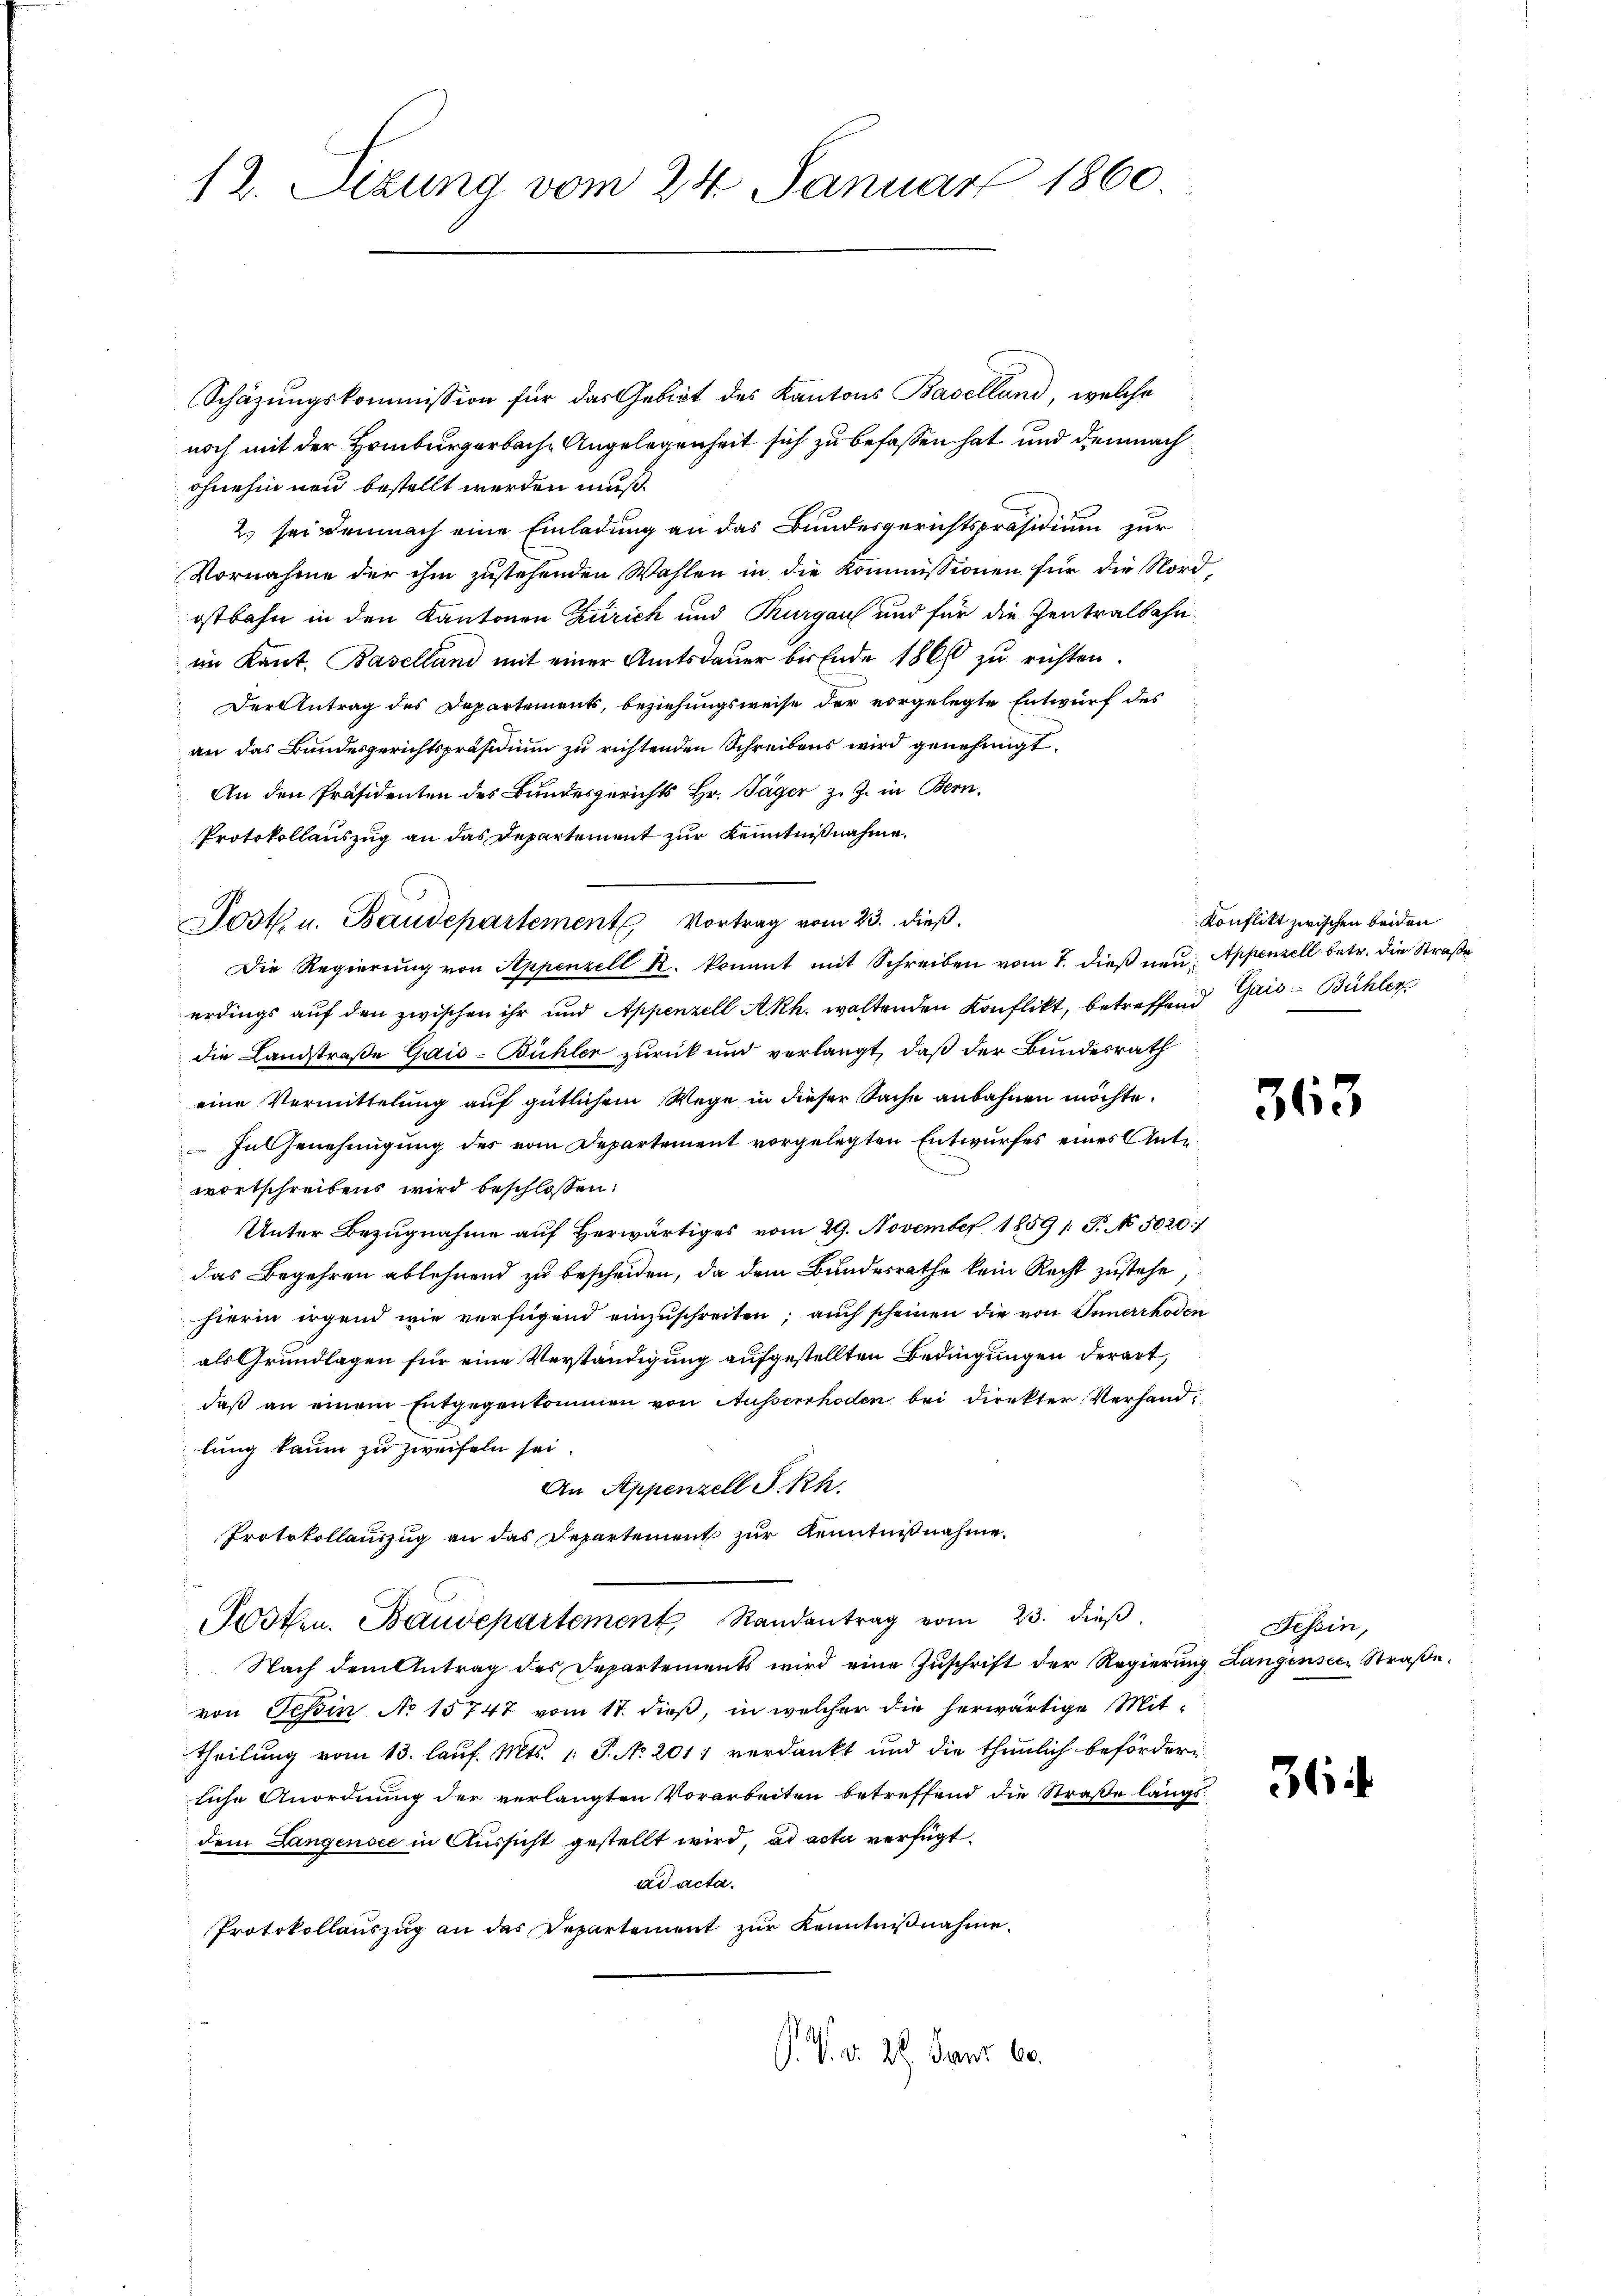
12. Sizung vom 24. Januar 1860

Schäzungskommission für das Gebiet des Kantons Baselland, welche
noch mit der Hamburgerbache Angelegenheit sich zu befassen hat und demnach
ohnehin neu bestellt werden muß.
2.) sei demnach eine Einladung an das Bundesgerichtspräsidium zur
Vornahme der ihm zustehenden Wahlen in die Kommissionen für die Nord-
ostbahn in den Kantonen Zürich und Thurgau und für die Zentralbahnim Kant. Baselland mit einer Amtsdauer bis Ende 1860 zu richten.
Der Antrag des Departements, beziehungsweise der vorgelegte Entwurf des
an das Bundesgerichtspräsidium zu richtenden Schreibens wird genehmigt.
An den Präsidenten des Bundesgerichts Hr. Jäger z. Z. in Bern.
Protokollauszug an das Departement zur Kenntnißnahme.
Jost, u. Baudepartement Vortrag vom 23. dieß.
Die Regierŭng von Appenzell R. kommt mit Schreiben vom 7. dieβ neŭ Appenzell betr. die Straße
erdings auf den zwischen ihr und Appenzell A.Rh. woltenden Konflikt, betreffend Gaić -Bühler
die Landstraße Gais-Bühler zurück und verlangt, daß der Bundesrath
eine Vermittelung auf gütlichem Wege in dieser Sache anbahnen möchte.
In Genehmigung des vom Departement vorgelegten Entwurfes eines Ante
wortschreibens wird beschlossen:
Unter Bezugnahme auf herwärtiges vom 29. November 1859 / P. No. 5020/
das Begehren ablehnend zu bescheiden, da dem Bundesrathe kein Recht zustehe,
hierin irgend wie verfügend einzuschreiten; auch scheinen die von Innerrhoden
als Grundlagen für eine Verständigung aufgestellten Bedingungen derart,
daß an einem Entgegenkommen von Ausserrhoden bei direkter Verhandlung kaum zu zweifeln sei.
An Appenzell I.Rh.
Protokollauszug an das Departement zur Kenntnißnahme.
Todten. Baudepartement, Randentrag vom 23. dieβ.
Nach dem Antrag des Departements wird eine Zuschrift der Regierung Langensten Straße
von Schin No 15747 vom 17. dieß, in welcher die herwärtige Mittheilung vom 13. lauf. Mts. 1. P. No 201 verdankt und die thunlich befördern
liche Anordnung der verlangten Vorarbeiten betreffend die Straße längs
dem Langensee in Aussicht gestellt wird, ad acta verfügt.
ad acta.
Protokollauszug an das Departement zur Kenntnißnahme.
P. V. d. 27. Janz. 60.

Konflikt zwischen beiden

363

Tessin,

36